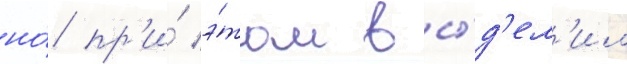
но́ пр'и́ э́том вы́д'ел'ил